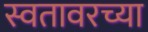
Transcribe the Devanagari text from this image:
स्वतावरच्या